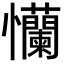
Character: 𢦂